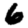
Digit: 6